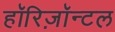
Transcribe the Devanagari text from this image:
हॉरिज़ॉन्टल